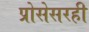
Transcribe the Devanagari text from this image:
प्रोसेसरही